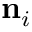
{ \mathbf { n } } _ { i }